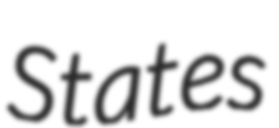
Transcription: States